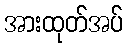
အားထုတ်အပ်